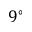
9 ^ { \circ }